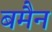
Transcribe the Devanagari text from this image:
बमैन